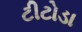
ટીટોડા